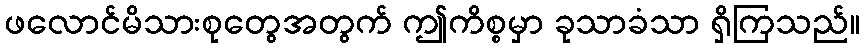
ဖလောင်မိသားစုတွေအတွက် ဤကိစ္စမှာ ခုသာခံသာ ရှိကြသည်။